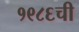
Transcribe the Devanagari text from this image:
१९८६ची